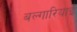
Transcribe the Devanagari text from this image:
बल्गारियाई